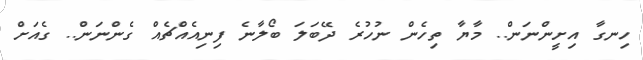
ހިނގާ އިށީންނަން.. މާޔާ ތިހެން ނުހުރެ ދޭބަލަ ބޯލާނެ ފިނިއެއްޗެއް ގެންނަން.. ގެއަށް